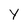
Character: Y